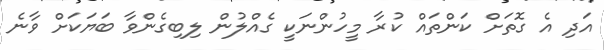
އަދި އެ ގޮތަށް ކަންތައް ކުރާ މީހުންނަކީ ގެއްލުން ލިބިގެންވާ ބަޔަކަށް ވާނެ